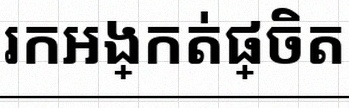
រកអង្កត់ផ្ចិត